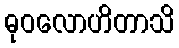
ဓုဝလောဟိတာသိ